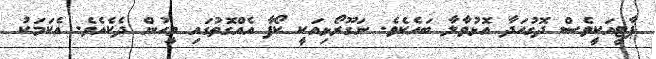
ޕާޓީއަކީވެސް ދޮގުހަދާ އޮޅުވާލާ ބައެކެވެ. ނަގޫރޯޅިއަކީ ކޯފާ އެއްގޮތުގައި މީހުން ދެކެއެވެ. އެކަމަކު